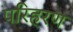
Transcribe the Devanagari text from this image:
परिहरण